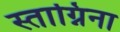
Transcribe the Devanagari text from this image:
स्ताग्निना